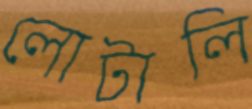
লোটালি